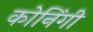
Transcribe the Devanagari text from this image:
कोनिंगी